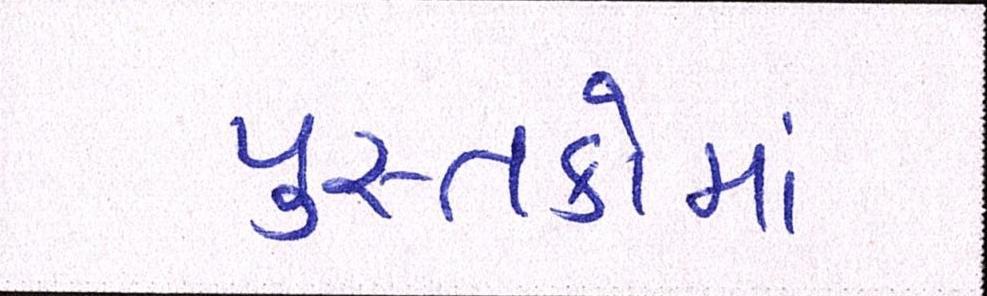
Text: પુસ્તકોમાં